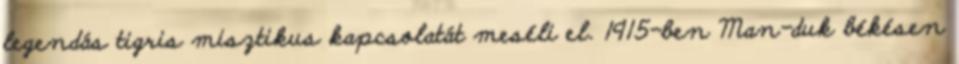
legendás tigris misztikus kapcsolatát meséli el. 1915-ben Man-duk békésen